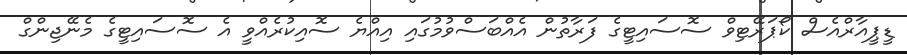
ޑީޕީއާރްއެސް ކޯޕަރޭޓިވް ސޮސައިޓީގެ ފަރާތުން އެއްބަސްވުމުގައި އިއްޔެ ސޮއިކުރެއްވީ އެ ސޮސައިޓީގެ މެނޭޖިންގް